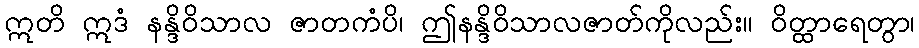
ဣတိ ဣဒံ နန္ဒိဝိသာလ ဇာတကံပိ၊ ဤနန္ဒိဝိသာလဇာတ်ကိုလည်း။ ဝိတ္ထာရေတွာ၊